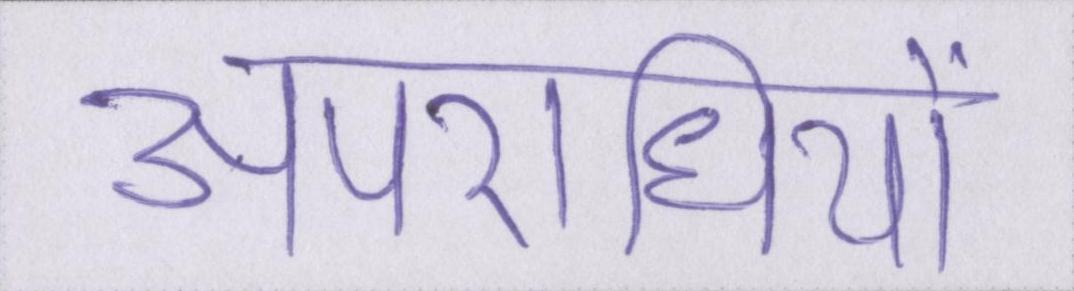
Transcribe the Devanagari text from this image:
अपराधियों